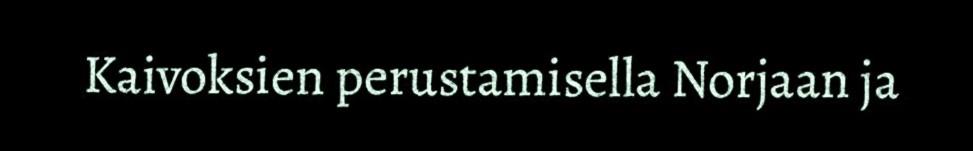
Kaivoksien perustamisella Norjaan ja